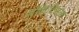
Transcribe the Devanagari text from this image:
सॉक्रेटिसला